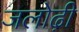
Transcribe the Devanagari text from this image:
जलोढ़ी